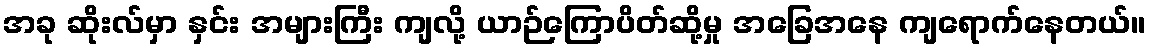
အခု ဆိုးလ်မှာ နှင်း အများကြီး ကျလို့ ယာဉ်ကြောပိတ်ဆို့မှု အခြေအနေ ကျရောက်နေတယ်။